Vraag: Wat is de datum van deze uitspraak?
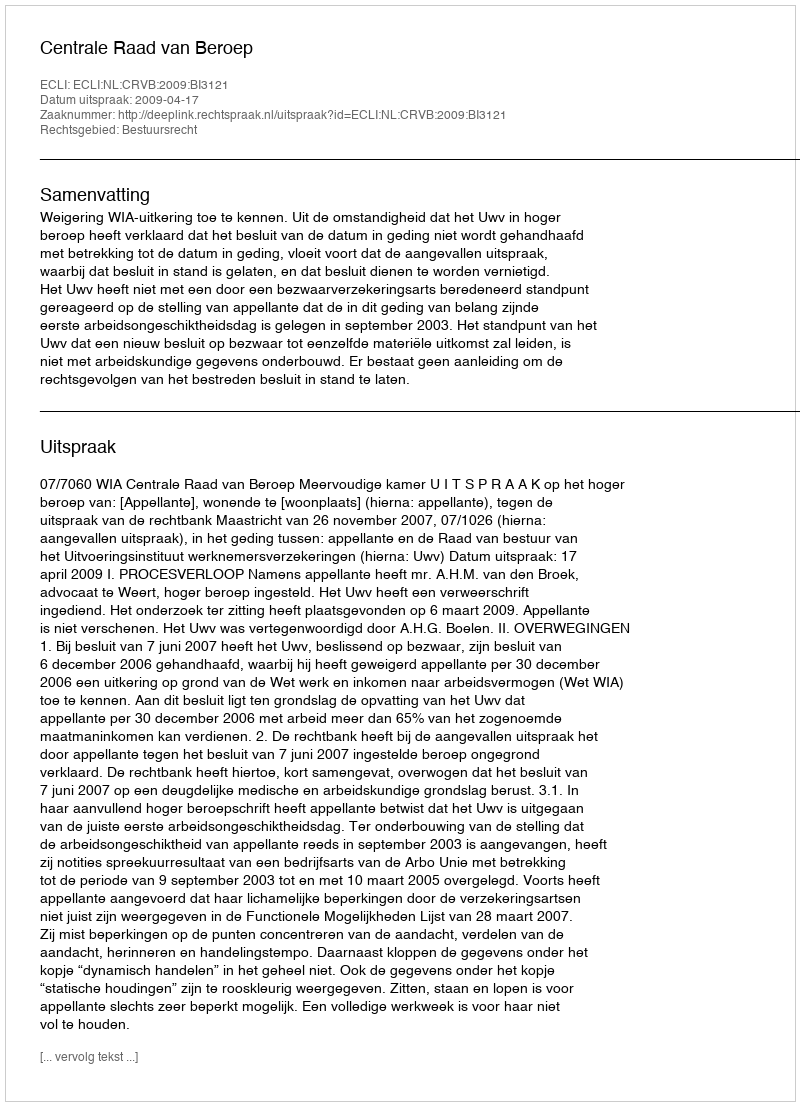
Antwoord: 2009-04-17